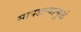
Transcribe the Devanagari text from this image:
सापडल्यामुळं